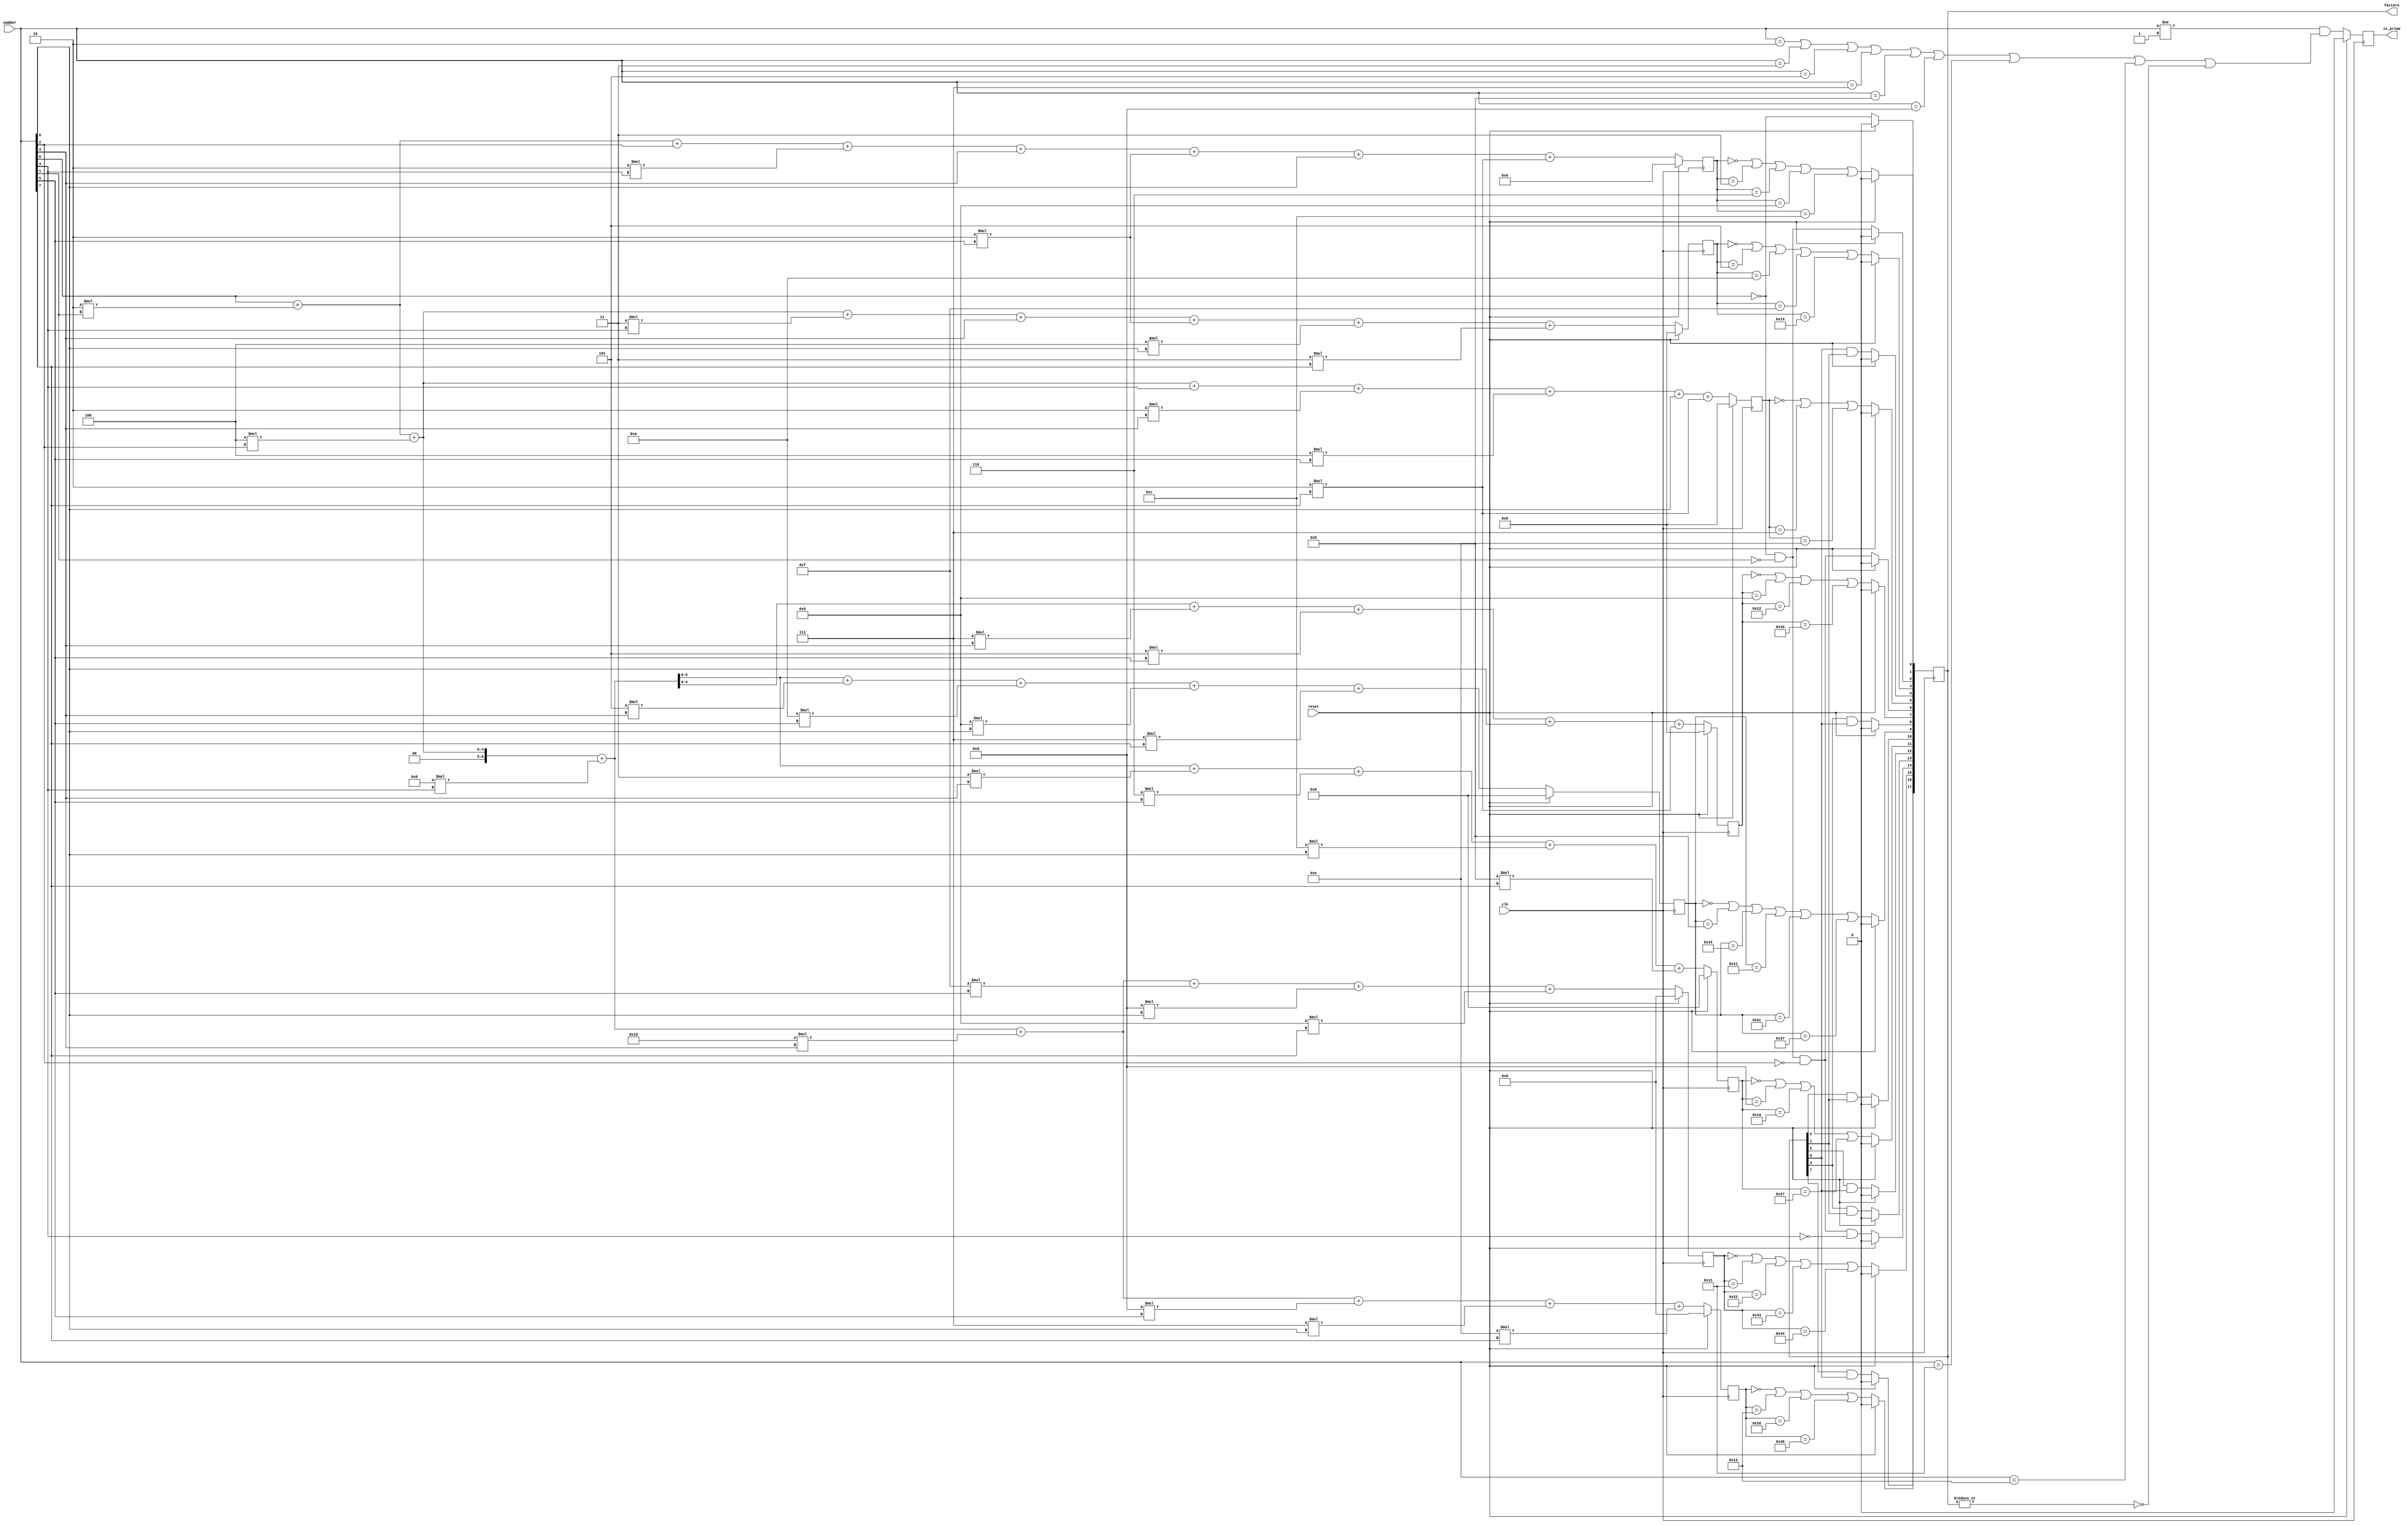
/*
* Module that takes in a number and computes its factors.
* Factor bits:
* - 0: 2
* - 1: 3
* - 2: 4
* ...
* - 7: 9
*
* Method for calculating modulus where n is b bits wide:
* n % k = (
*           (2^0 % k) * n[0] +
*           (2^1 % k) * n[1] +
*           ... +
*           (2^(b-2) % k) * n[b-2] +
*           (2^(b-1) % k) * n[b-1]
*         ) % k
*/

module factorizer (
  input wire clk,
  input wire reset,
  input wire [7:0] number,
  output reg [17:0] factors,
  output reg is_prime
);
  reg [3:0] mod_three;
  reg [4:0] mod_five;
  reg [4:0] mod_seven;
  reg [4:0] mod_nine;
  reg [5:0] mod_eleven;
  reg [5:0] mod_thirteen;
  reg [6:0] mod_seventeen;
  reg [6:0] mod_nineteen;

  always @(posedge clk) begin
    if (reset) begin
      mod_three     <= 0;
      mod_five      <= 0;
      mod_seven     <= 0;
      mod_nine      <= 0;
      mod_eleven    <= 0;
      mod_thirteen  <= 0;
      mod_seventeen <= 0;
      mod_nineteen  <= 0;
      factors       <= 0;
      is_prime      <= 0;
    end else begin
      // Divisible by 2
      factors[0] <= !number[0];
      // Divisible by 3
      mod_three <= number[0] + (2*number[1]) +
                   number[2] + (2*number[3]) +
                   number[4] + (2*number[5]) +
                   number[6] + (2*number[7]);
      factors[1] <= mod_three ==  0 ||
                    mod_three ==  3 ||
                    mod_three ==  6 ||
                    mod_three ==  9 ||
                    mod_three == 12;
      // Divisible by 4
      factors[2] <= !number[0] && !number[1];
      // Divisible by 5
      mod_five <= number[0] + 2*number[1] + 4*number[2] + 3*number[3] +
                  number[4] + 2*number[5] + 4*number[6] + 3*number[7];
      factors[3] <= mod_five ==  0 ||
                    mod_five ==  5 ||
                    mod_five == 10 ||
                    mod_five == 15 ||
                    mod_five == 20;
      // Divisible by 6
      factors[4] <= factors[0] && factors[1];
      // Divisible by 7
      mod_seven <= number[0] + 2*number[1] + 4*number[2] +
                   number[3] + 2*number[4] + 4*number[5] +
                   number[6] + 2*number[7];
      factors[5] <= mod_seven ==  0 ||
                    mod_seven ==  7 ||
                    mod_seven == 14;
      // Divisible by 8
      factors[6] <= !number[0] && !number[1] && !number[2];
      // Divisible by 9
      mod_nine <= number[0] + 2*number[1] + 4*number[2] + 8*number[3] + 7*number[4] + 5*number[5] +
                  number[6] + 2*number[7];
      factors[7] <= mod_nine ==  0 ||
                    mod_nine ==  9 ||
                    mod_nine == 18 ||
                    mod_nine == 27;
      // Divisible by 10
      factors[8] <= factors[3] && factors[0];
      // Divisible by 11
      mod_eleven <= number[0] + 2*number[1] + 4*number[2] + 8*number[3] + 5*number[4] + 10*number[5] + 9*number[6] + 7*number[7];
      factors[9] <= mod_eleven ==  0 ||
                    mod_eleven == 11 ||
                    mod_eleven == 22 ||
                    mod_eleven == 33 ||
                    mod_eleven == 44 ||
                    mod_eleven == 55;
      // Divisible by 12
      factors[10] <= factors[2] && factors[1];
      // Divisible by 13
      mod_thirteen <= number[0] + 2*number[1] + 4*number[2] + 8*number[3] + 3*number[4] + 6*number[5] + 12*number[6] + 11*number[7];
      factors[11] <= mod_thirteen ==  0 ||
                     mod_thirteen == 13 ||
                     mod_thirteen == 26 ||
                     mod_thirteen == 39;
      // Divisible by 14
      factors[12] <= factors[5] && factors[0];
      // Divisible by 15
      factors[13] <= factors[3] && factors[1];
      // Divisible by 16
      factors[14] <= !number[0] && !number[1] && !number[2] && !number[3];
      // Divisible by 17
      mod_seventeen <= number[0] + 2*number[1] + 4*number[2] + 8*number[3] + 16*number[4] + 15*number[5] + 13*number[6] + 9*number[7];
      factors[15] <= mod_seventeen ==  0 ||
                     mod_seventeen == 17 ||
                     mod_seventeen == 34 ||
                     mod_seventeen == 51 ||
                     mod_seventeen == 68;
      // Divisible by 18
      factors[16] <= factors[7] && factors[0];
      // Divisible by 19
      mod_nineteen <= number[0] + 2*number[1] + 4*number[2] + 8*number[3] + 16*number[4] + 13*number[5] + 7*number[6] + 14*number[7];
      factors[17] <= mod_nineteen ==  0 ||
                     mod_nineteen == 19 ||
                     mod_nineteen == 38 ||
                     mod_nineteen == 57;
      is_prime <= number != 1 && (number ==  2 ||
                                  number ==  3 ||
                                  number ==  5 ||
                                  number ==  7 ||
                                  number == 11 ||
                                  number == 13 ||
                                  number == 17 ||
                                  number == 19 ||
                                  !(|factors));
    end
  end

endmodule